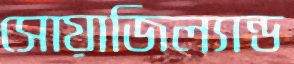
সোয়াজিল্যান্ড